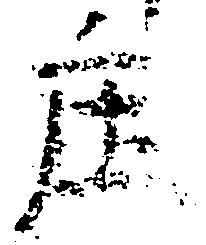
庄